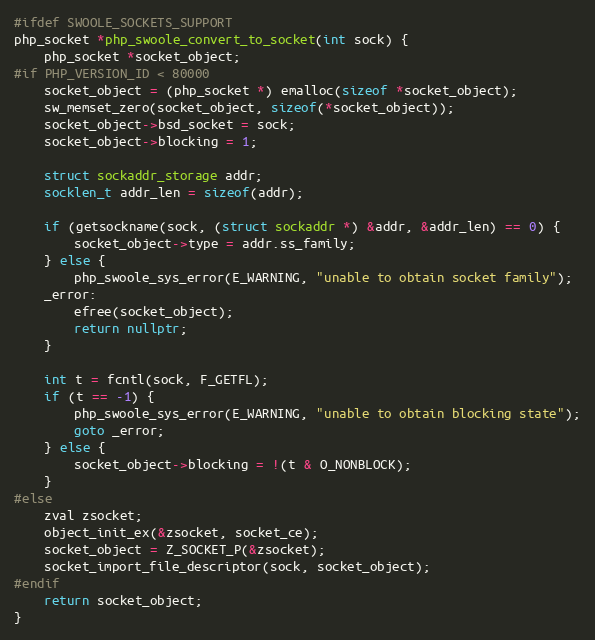
Language: C++
#ifdef SWOOLE_SOCKETS_SUPPORT
php_socket *php_swoole_convert_to_socket(int sock) {
    php_socket *socket_object;
#if PHP_VERSION_ID < 80000
    socket_object = (php_socket *) emalloc(sizeof *socket_object);
    sw_memset_zero(socket_object, sizeof(*socket_object));
    socket_object->bsd_socket = sock;
    socket_object->blocking = 1;

    struct sockaddr_storage addr;
    socklen_t addr_len = sizeof(addr);

    if (getsockname(sock, (struct sockaddr *) &addr, &addr_len) == 0) {
        socket_object->type = addr.ss_family;
    } else {
        php_swoole_sys_error(E_WARNING, "unable to obtain socket family");
    _error:
        efree(socket_object);
        return nullptr;
    }

    int t = fcntl(sock, F_GETFL);
    if (t == -1) {
        php_swoole_sys_error(E_WARNING, "unable to obtain blocking state");
        goto _error;
    } else {
        socket_object->blocking = !(t & O_NONBLOCK);
    }
#else
    zval zsocket;
    object_init_ex(&zsocket, socket_ce);
    socket_object = Z_SOCKET_P(&zsocket);
    socket_import_file_descriptor(sock, socket_object);
#endif
    return socket_object;
}